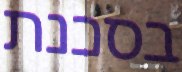
בסכנת